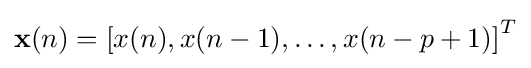
\mathbf {x} (n)=\left[x(n),x(n-1),\dots ,x(n-p+1)\right]^{T}